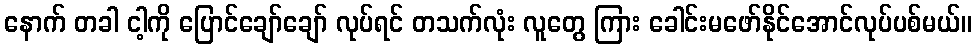
နောက် တခါ ငါ့ကို ပြောင်ချော်ချော် လုပ်ရင် တသက်လုံး လူတွေ ကြား ခေါင်းမဖော်နိုင်အောင်လုပ်ပစ်မယ်။